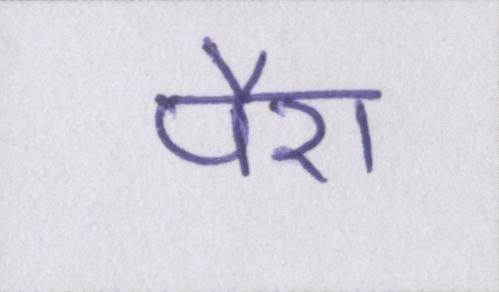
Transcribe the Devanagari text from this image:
पैरा